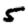
Digit: 5